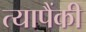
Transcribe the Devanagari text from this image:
त्यापैंकी